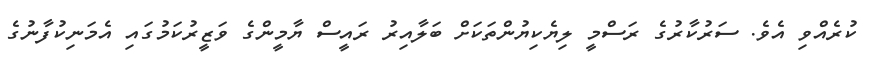
ކުރެއްވި އެވެ. ސަރުކާރުގެ ރަސްމީ ލިޔެކިޔުންތަކަށް ބަލާއިރު ރައީސް ޔާމީންގެ ވަޒީރުކަމުގައި އެމަނިކުފާނުގެ